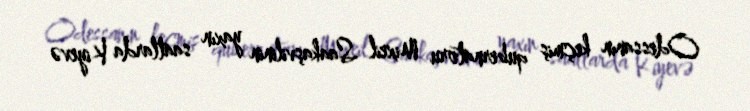
Odessanın keçmiş qubernatoru Mixeil Saakaşvilinin yaxın saatlarda Kiyevə